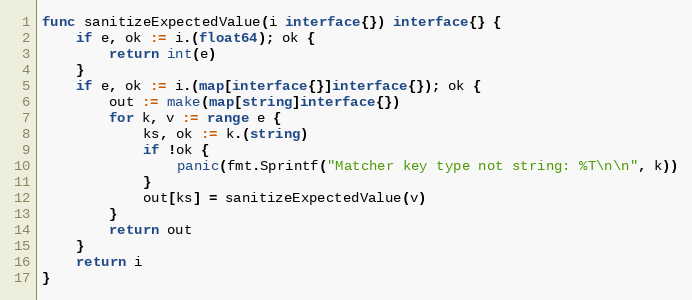
Language: Go
func sanitizeExpectedValue(i interface{}) interface{} {
	if e, ok := i.(float64); ok {
		return int(e)
	}
	if e, ok := i.(map[interface{}]interface{}); ok {
		out := make(map[string]interface{})
		for k, v := range e {
			ks, ok := k.(string)
			if !ok {
				panic(fmt.Sprintf("Matcher key type not string: %T\n\n", k))
			}
			out[ks] = sanitizeExpectedValue(v)
		}
		return out
	}
	return i
}